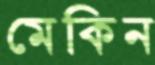
মেকিন